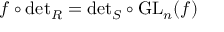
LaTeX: f \circ { \mathrm { d e t } } _ { R } = { \mathrm { d e t } } _ { S } \circ { \mathrm { G L } } _ { n } ( f )